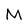
Character: M